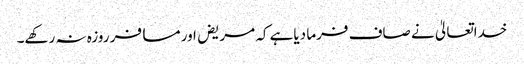
خداتعالیٰ نے صاف فرما دیاہے کہ مریض اور مسافر روزہ نہ رکھے۔